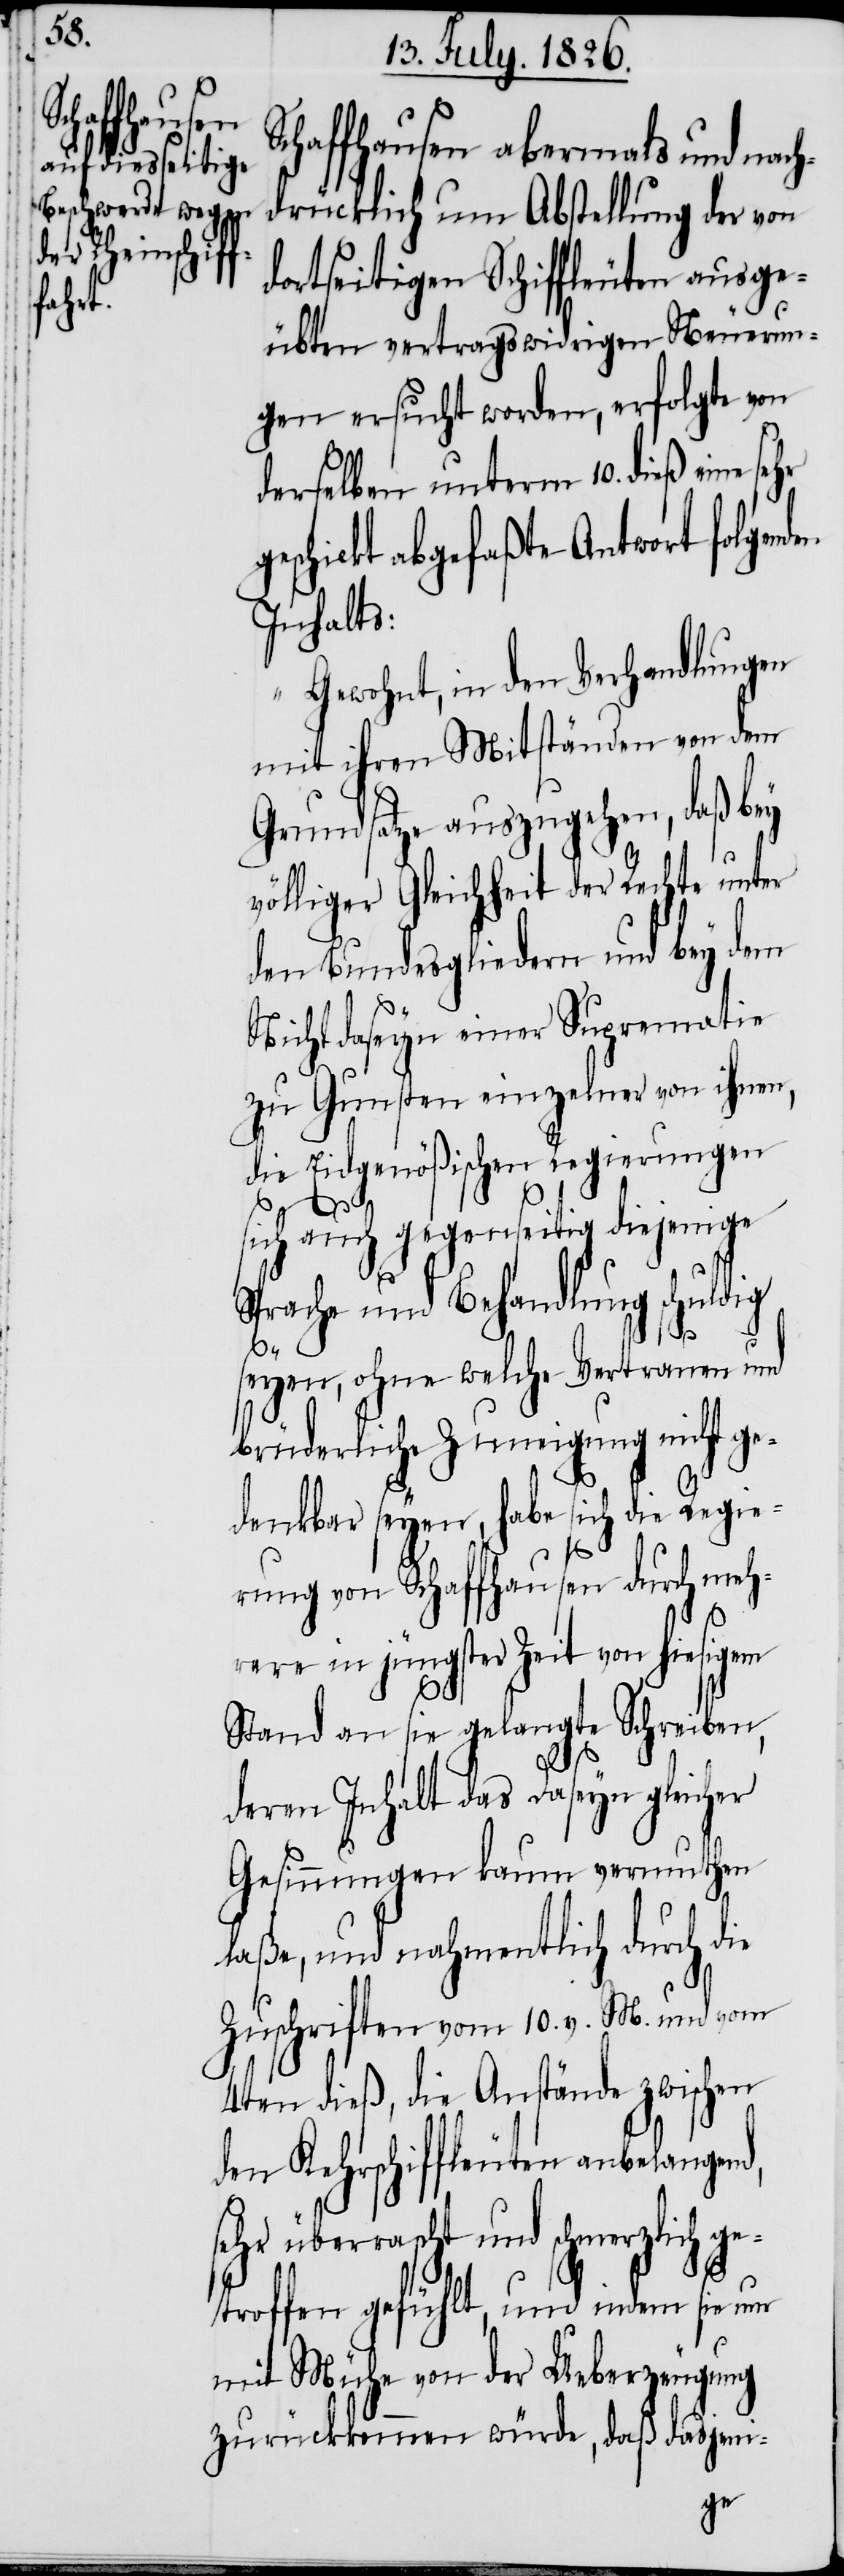
Schaffhausen abermals und nach¬
drücklich um Abstellung der von
dortseitigen Schiffleuten ausge¬
übten vertragswidrigen Neuerun¬
gen ersucht worden, erfolgte von
derselben unterm 10. dieß eine
schickt abgefaßte Antwort folgenden
Inhalts:
„Gewohnt, in den Verhandlungen
mit ihren Mitständen von dem
Grundsatze auszugehen, daß bey
völliger Gleichheit der Rechte unter
den Bundesgliedern und bey dem
Nichtdaseyn einer Suprematie
zu Gunsten einzelner von ihnen,
die Eidgenößischen Regierungen
sehr
sich auch gegenseitig diejenige
Sprache und Behandlung schuldig
seyen, ohne welche Vertrauen und
brüderliche Zuneigung nicht ge¬
denkbar seyen, habe sich die Regie¬
rung von Schaffhausen durch meh¬
rere in jüngster Zeit von hiesigem
Stand an sie gelangte Schreiben,
deren Inhalt das Daseyn, gleicher
Gesinnungen kaum vermuthen
laße, und nahmentlich durch die
Zuschriften vom 19. v. M. und vom
4ten dieß, die Anstände zwischen
den Kehrschiffleuten anbelangend,
sehr überrascht und schmerzlich ge¬
troffen gefühlt, und indem sie nur
mit Mühe von der Ueberzeugung
zurückkommen würde, daß dasjeni-
ge¬